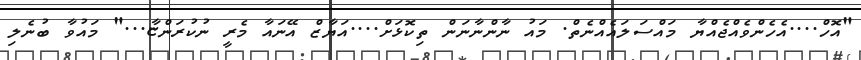
"އޮހް....އެހެންވެއްޖެއްޔާ މައްސަލައެއްނެތް. މައު ނާންނާނަން ތިކޮޅަށް....އަޔާޒް އޭނައާ މެރީ ނުކުރަންޏާ..." މައުވާ ބުނެލި